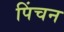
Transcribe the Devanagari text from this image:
पिंचन